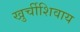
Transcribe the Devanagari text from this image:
खुर्चीशिवाय